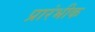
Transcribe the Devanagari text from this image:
प्रारंभीक